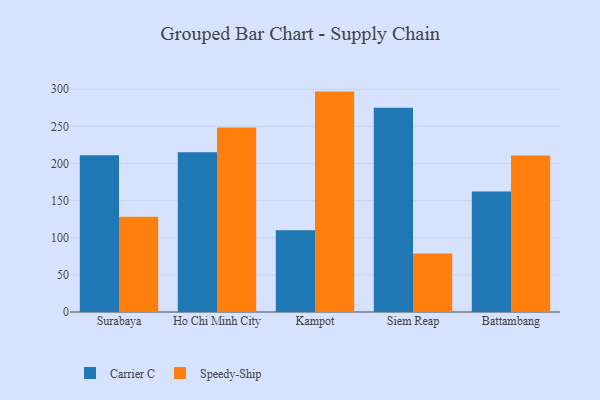
{"axis": {"x": "City", "y": "Net Income (USD K)"}, "legend": ["Carrier C", "Speedy-Ship"], "data": [{"x": "Surabaya", "y": 211.2, "type": "Carrier C"}, {"x": "Surabaya", "y": 128.3, "type": "Speedy-Ship"}, {"x": "Ho Chi Minh City", "y": 215.0, "type": "Carrier C"}, {"x": "Ho Chi Minh City", "y": 248.4, "type": "Speedy-Ship"}, {"x": "Kampot", "y": 110.1, "type": "Carrier C"}, {"x": "Kampot", "y": 296.8, "type": "Speedy-Ship"}, {"x": "Siem Reap", "y": 274.9, "type": "Carrier C"}, {"x": "Siem Reap", "y": 78.8, "type": "Speedy-Ship"}, {"x": "Battambang", "y": 162.2, "type": "Carrier C"}, {"x": "Battambang", "y": 210.7, "type": "Speedy-Ship"}]}